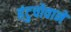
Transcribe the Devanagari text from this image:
हंटुचोवाने